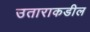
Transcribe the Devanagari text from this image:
उताराकडील